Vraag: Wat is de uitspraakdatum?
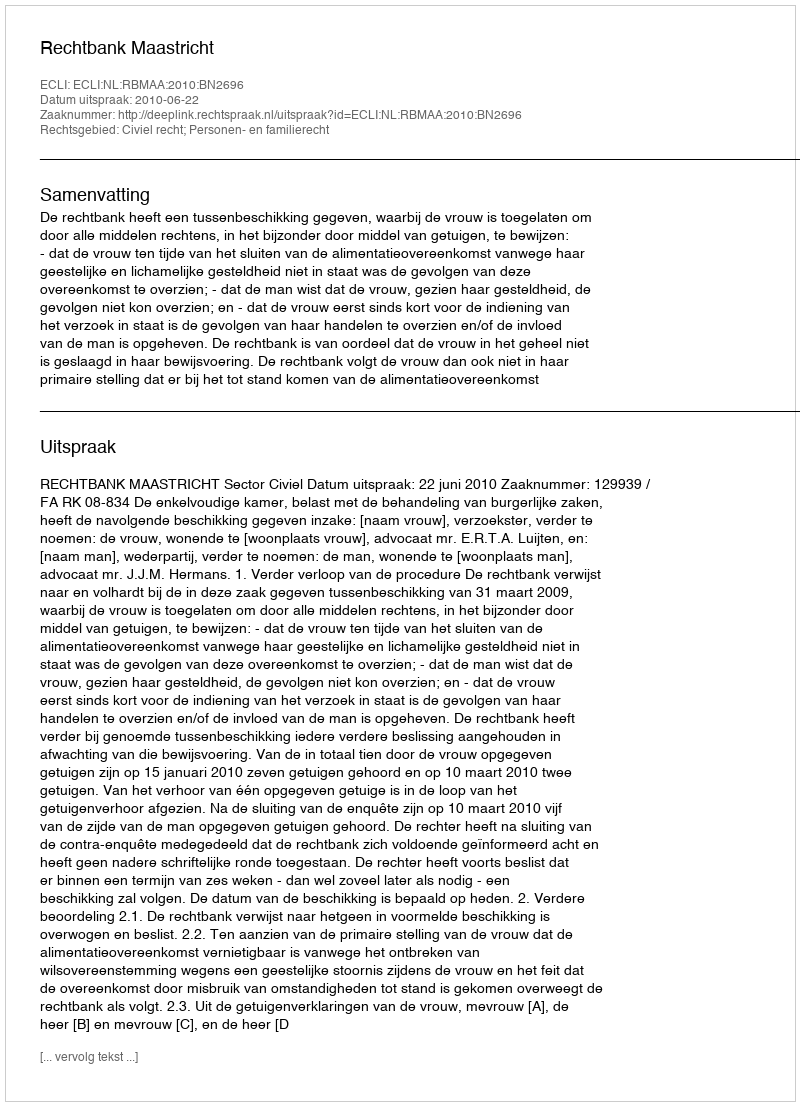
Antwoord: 2010-06-22